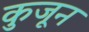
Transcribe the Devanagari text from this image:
कुजून